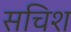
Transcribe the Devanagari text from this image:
सचिश